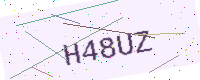
Text: H48UZ